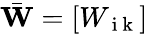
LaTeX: \bar{\mathbf W}=[W_{\mathrm{~i~k~}}]